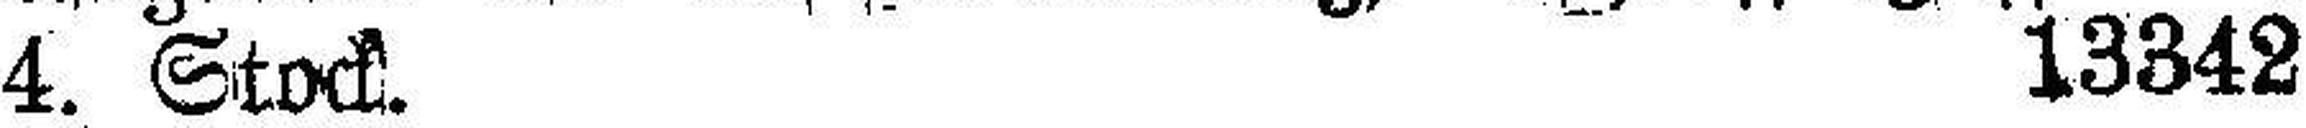
4. Stock. 13342